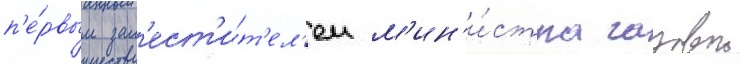
п'е́рвым зам'ест'и́т'ел'ем м'ин'и́стра газовои